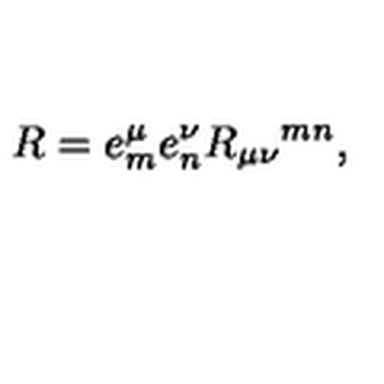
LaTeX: R = e _ { m } ^ { \mu } e _ { n } ^ { \nu } R _ { \mu \nu } { } ^ { m n } ,